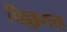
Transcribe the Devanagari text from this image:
चिल्लागाह